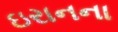
ઇરાનના